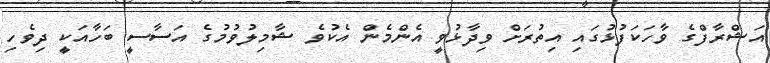
އަޝްރާފްގެ ވާހަކަފުޅުގައި އިތުރަށް ވިދާޅުވީ އެންމެން އެކުވެ ޝާމިލުވުމުގެ އަސާސީ ބަހާއަކީ ދިވެހި